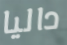
داليا